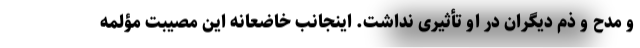
و مدح و ذم دیگران در او تأثیری نداشت. اینجانب خاضعانه این مصیبت مؤلمه